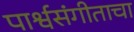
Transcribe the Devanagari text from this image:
पार्श्वसंगीताचा